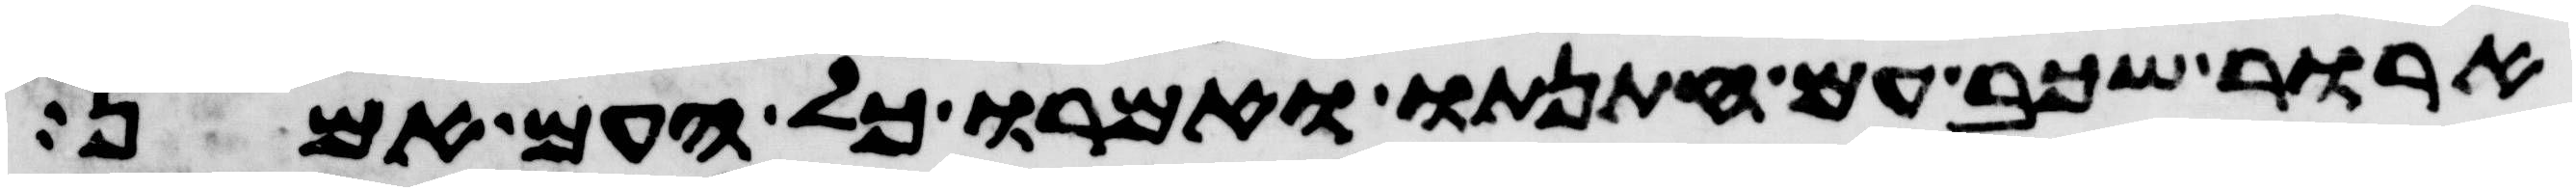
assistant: ארור שכב עם חתנתו ואמרו כל העם אמן